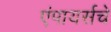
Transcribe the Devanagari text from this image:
एंपायर्सचे